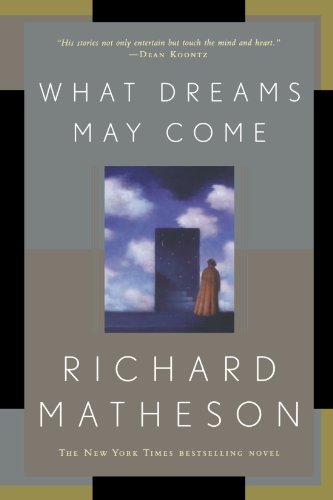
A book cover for What Dreams May Come: A Novel; Richard Matheson; Literature & Fiction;